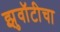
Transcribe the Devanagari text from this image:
झुवॉटीचा